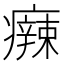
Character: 𤻬